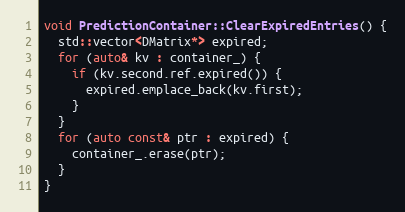
Language: C++
void PredictionContainer::ClearExpiredEntries() {
  std::vector<DMatrix*> expired;
  for (auto& kv : container_) {
    if (kv.second.ref.expired()) {
      expired.emplace_back(kv.first);
    }
  }
  for (auto const& ptr : expired) {
    container_.erase(ptr);
  }
}